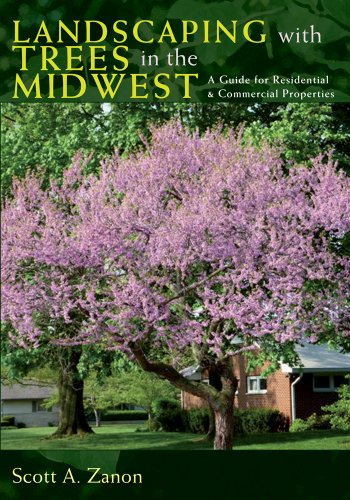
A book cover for Landscaping with Trees in the Midwest: A Guide for Residential and Commercial Properties; Scott Zanon; Crafts, Hobbies & Home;